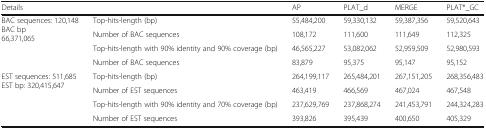
| Details |  | AP | PLAT_d | MERGE | PLAT*_GC |
 | --- | --- | --- | --- | --- | --- |
 | <ROWSPAN=4> BAC sequences: 120,148BAC bp66,371,065 | Top-hits-length (bp) | 55,484,200 | 59,330,132 | 59,387,356 | 59,520,643 |
 | Number of BAC sequences | 108,172 | 111,600 | 111,649 | 112,325 |
 | Top-hits-length with 90% identity and 90% coverage (bp) | 46,565,227 | 53,082,062 | 52,959,509 | 52,980,593 |
 | Number of BAC sequences | 83,879 | 95,375 | 95,147 | 95,152 |
 | <ROWSPAN=4> EST sequences: 511,685EST bp: 320,415,647 | Top-hits-length (bp) | 264,199,117 | 265,484,201 | 267,151,205 | 268,356,483 |
 | Number of EST sequences | 463,419 | 466,569 | 467,024 | 467,548 |
 | Top-hits-length with 90% identity and 70% coverage (bp) | 237,629,769 | 237,868,274 | 241,453,791 | 244,324,283 |
 | Number of EST sequences | 393,826 | 395,439 | 400,650 | 405,329 |